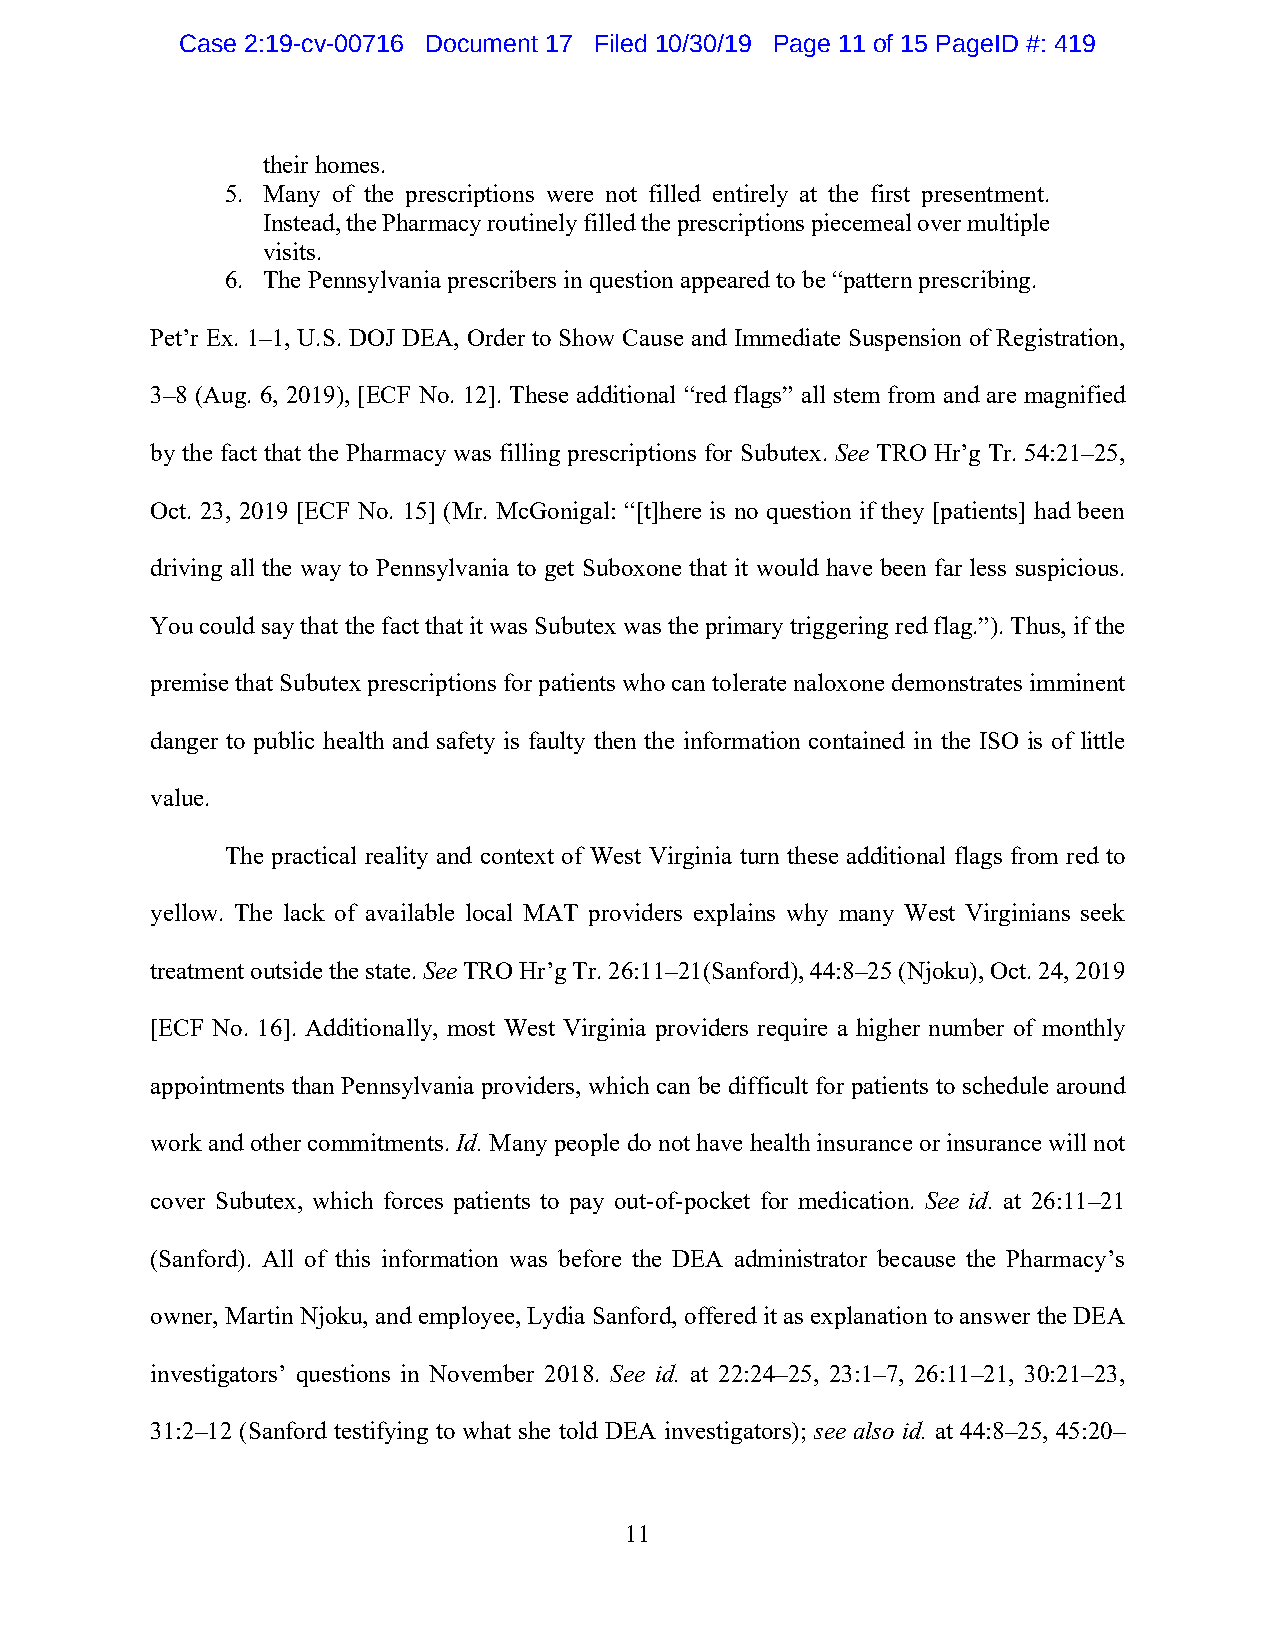
Case 2:19-cv-00716 Document 17 Filed 10/30/19 Page 11 of 15 PageID #: 419
 their homes.
 5. Many of the prescriptions were not filled entirely at the first presentment.
 Instead, the Pharmacy routinely filled the prescriptions piecemeal over multiple
 visits.
 6. The Pennsylvania prescribers in question appeared to be “pattern prescribing.
 Pet’r Ex. 1–1, U.S. DOJ DEA, Order to Show Cause and Immediate Suspension of Registration,
 3–8 (Aug. 6, 2019), [ECF No. 12]. These additional “red flags” all stem from and are magnified
 by the fact that the Pharmacy was filling prescriptions for Subutex. See TRO Hr’g Tr. 54:21–25,
 Oct. 23, 2019 [ECF No. 15] (Mr. McGonigal: “[t]here is no question if they [patients] had been
 driving all the way to Pennsylvania to get Suboxone that it would have been far less suspicious.
 You could say that the fact that it was Subutex was the primary triggering red flag.”). Thus, if the
 premise that Subutex prescriptions for patients who can tolerate naloxone demonstrates imminent
 danger to public health and safety is faulty then the information contained in the ISO is of little
 value.
 The practical reality and context of West Virginia turn these additional flags from red to
 yellow. The lack of available local MAT providers explains why many West Virginians seek
 treatment outside the state. See TRO Hr’g Tr. 26:11–21(Sanford), 44:8–25 (Njoku), Oct. 24, 2019
 [ECF No. 16]. Additionally, most West Virginia providers require a higher number of monthly
 appointments than Pennsylvania providers, which can be difficult for patients to schedule around
 work and other commitments. Id. Many people do not have health insurance or insurance will not
 cover Subutex, which forces patients to pay out-of-pocket for medication. See id. at 26:11–21
 (Sanford). All of this information was before the DEA administrator because the Pharmacy’s
 owner, Martin Njoku, and employee, Lydia Sanford, offered it as explanation to answer the DEA
 investigators’ questions in November 2018. See id. at 22:24–25, 23:1–7, 26:11–21, 30:21–23,
 31:2–12 (Sanford testifying to what she told DEA investigators); see also id. at 44:8–25, 45:20–
 11